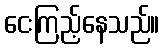
ငေးကြည့်နေသည်။